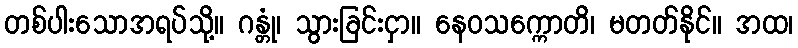
တစ်ပါးသောအရပ်သို့။ ဂန္တုံ၊ သွားခြင်းငှာ။ နေဝသက္ကောတိ၊ မတတ်နိုင်။ အထ၊